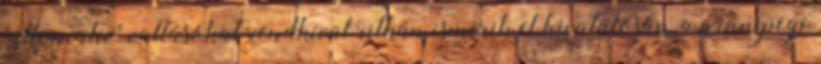
"alternatív" vallásokat rendkívül ritkán ismerik el hivatalosan, a winnipegi